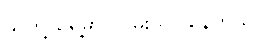
သူတို့ ရှေ့မှာ လမ်း ပြင်နေတယ်။